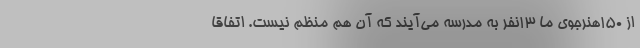
از 150هنرجوی ما 13نفر به مدرسه می‌آیند که آن هم منظم نیست. اتفاقا